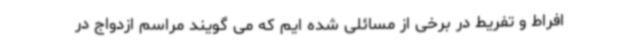
افراط و تفریط در برخی از مسائلی شده ایم که می گویند مراسم ازدواج در